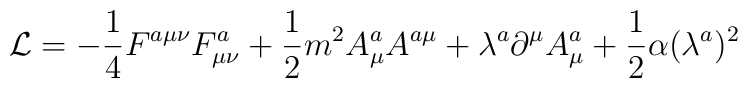
{\cal L}=-\frac 14F^{a\mu \nu }F_{\mu \nu }^a+\frac 12m^2A_\mu ^aA^{a\mu}+\lambda ^a\partial ^\mu A_\mu ^a+\frac 12\alpha (\lambda ^a)^2